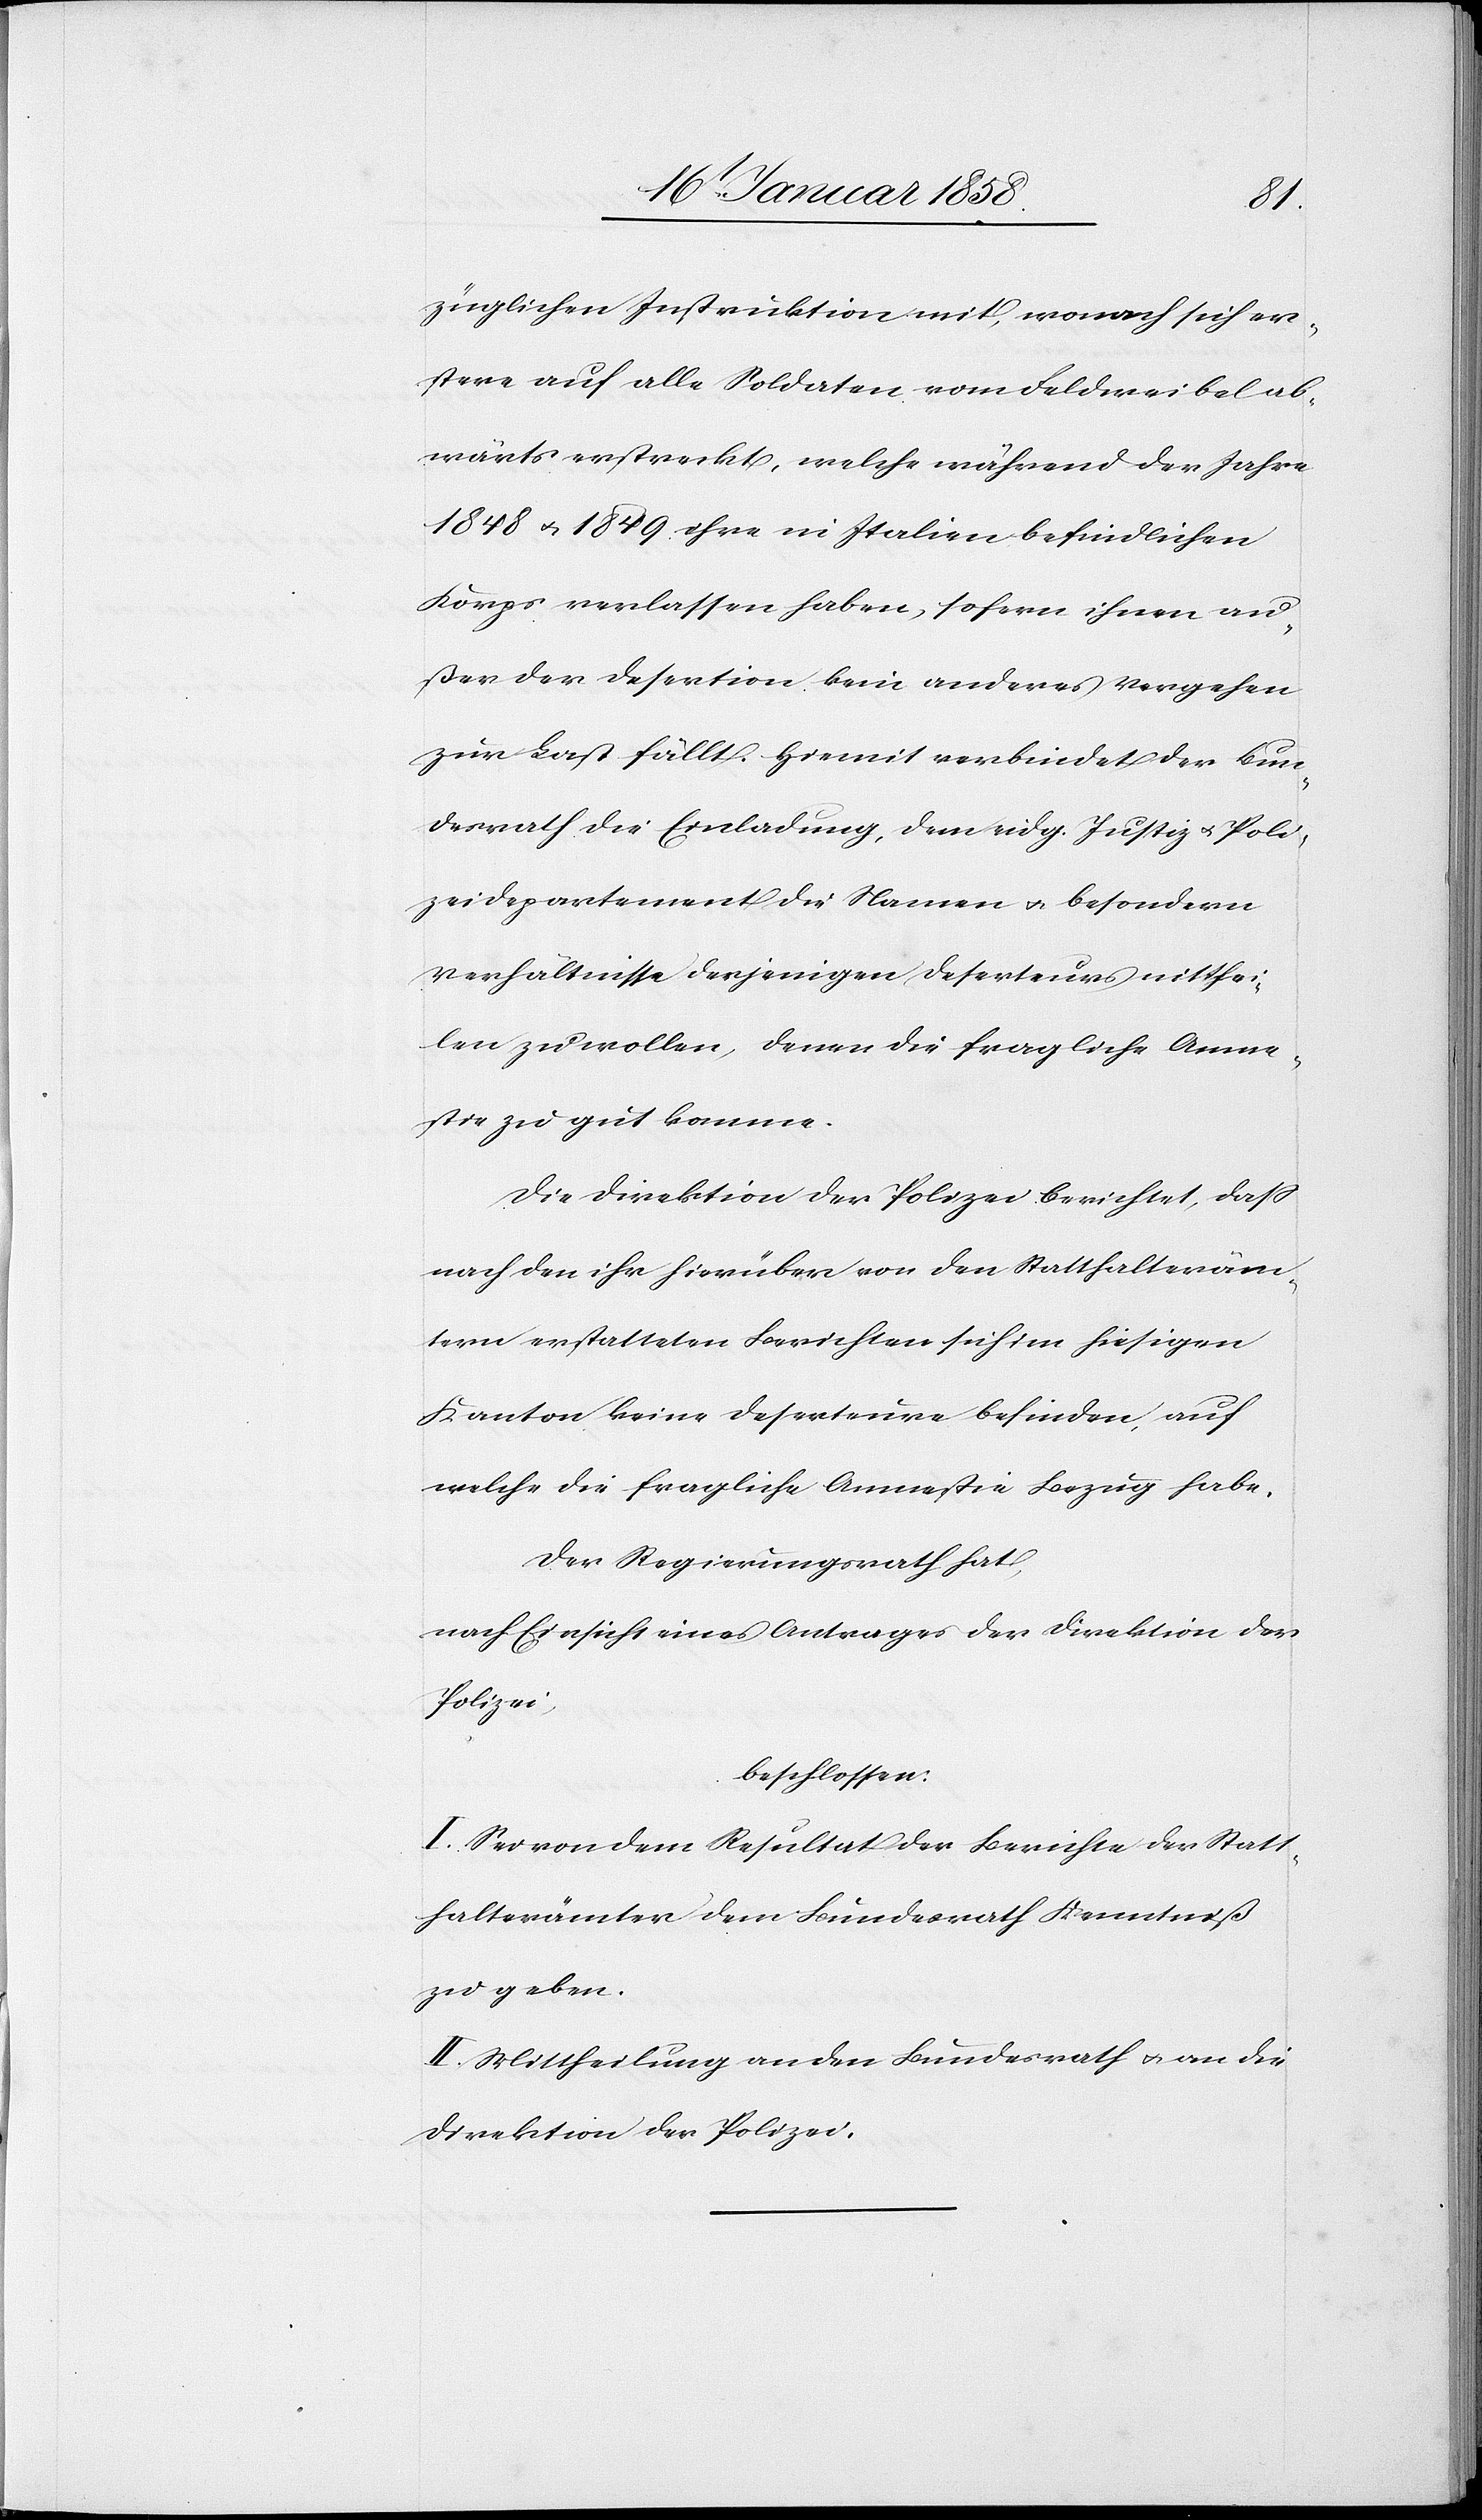
züglichen Instruktion mit, wonach sich er¬
stere auf alle Soldaten vom Feldweibel ab¬
wärts erstreckt, welche während der Jahre
1848 u. 1849 ihre in Italien befindlichen
Korps verlassen haben, sofern ihnen au¬
ßer der Desertion kein anderes Vergehen
zur Last fällt. Hiemit verbindet der Bun¬
desrath die Einladung, dem eidg. Justiz u. Poli¬
zeidepartement die Namen u. besondern
Verhältnisse derjenigen Deserteurs mitthei¬
len zu wollen, denen die fragliche Amne¬
stie zu gut komme.
Die Direktion der Polizei berichtet, daß
nach den ihr hierüber von den Statthalteräm¬
tern erstatteten Berichten sich im hiesigen
Kanton keine Deserteure befinden, auf
welche die fragliche Amnestie Bezug habe.
Der Regierungsrath,
nach Einsicht eines Antrages der Direktion der
Polizei,
beschlossen:
I. Sei von dem Resultat der Berichte der Statt¬
halterämter dem Bundesrath Kenntniß
zu geben.
II. Mittheilung an den Bundesrath u. an die
Direktion der Polizei.